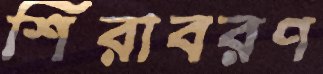
শিরাবরণ